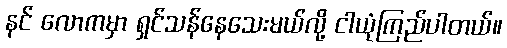
နင် လောကမှာ ရှင်သန်နေသေးမယ်လို့ ငါယုံကြည်ပါတယ်။